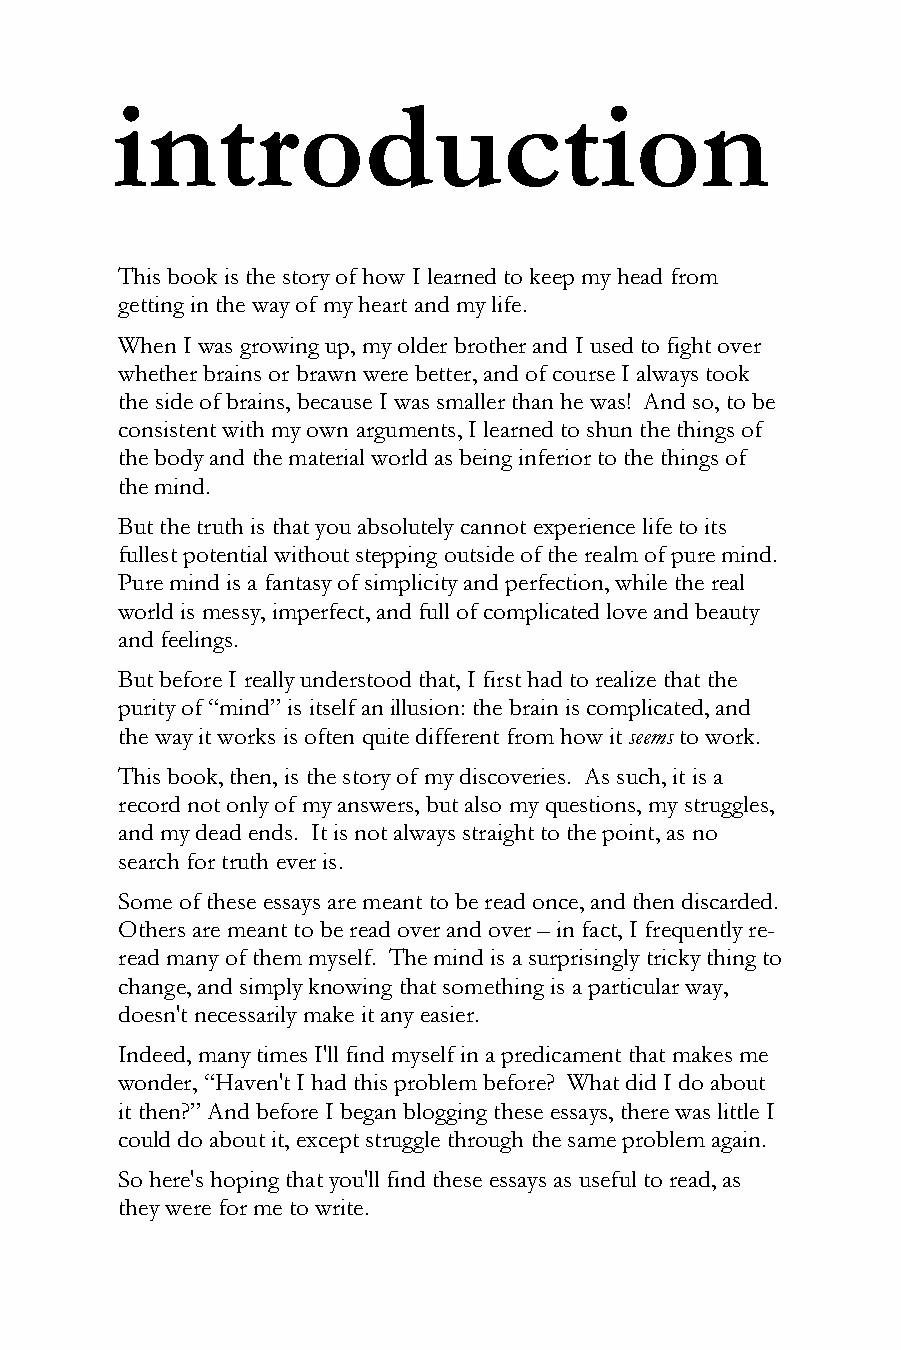
introduction
 This book is the story of how I learned to keep my head from
 getting in the way of my heart and my life.
 When I was growing up, my older brother and I used to fight over
 whether brains or brawn were better, and of course I always took
 the side of brains, because I was smaller than he was! And so, to be
 consistent with my own arguments, I learned to shun the things of
 the body and the material world as being inferior to the things of
 the mind.
 But the truth is that you absolutely cannot experience life to its
 fullest potential without stepping outside of the realm of pure mind.
 Pure mind is a fantasy of simplicity and perfection, while the real
 world is messy, imperfect, and full of complicated love and beauty
 and feelings.
 But before I really understood that, I first had to realize that the
 purity of “mind” is itself an illusion: the brain is complicated, and
 the way it works is often quite different from how itseems to work.
 This book, then, is the story of my discoveries. As such, it is a
 record not only of my answers, but also my questions, my struggles,
 and my dead ends. It is not always straight to the point, as no
 search for truth ever is.
 Some of these essays are meant to be read once, and then discarded.
 Others are meant to be read over and over – in fact, I frequently re-
 read many of them myself. The mind is a surprisingly tricky thing to
 change, and simply knowing that something is a particular way,
 doesn't necessarily make it any easier.
 Indeed, many times I'll find myself in a predicament that makes me
 wonder, “Haven't I had this problem before? What did I do about
 it then?” And before I began blogging these essays, there was little I
 could do about it, except struggle through the same problem again.
 So here's hoping that you'll find these essays as useful to read, as
 they were for me to write.